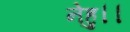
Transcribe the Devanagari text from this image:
नेहु।।